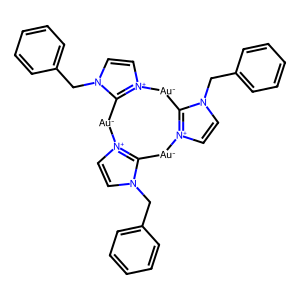
SMILES: c1ccc(Cn2cc[n+]3c2[Au-][n+]2ccn(Cc4ccccc4)c2[Au-][n+]2ccn(Cc4ccccc4)c2[Au-]3)cc1
Inhibits HIV replication: No